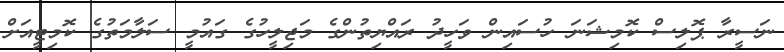
ނަސީރާ ޕޮލިސް ކޮމިޝަނަ ހުސައިން ވަހީދު ރައްޔިތުންގެ މަޖިލީހުގެ ގައުމީ ސަލާމަތުގެ ކޮމިޓީއަށް